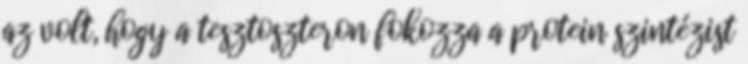
az volt, hogy a tesztoszteron fokozza a protein szintézist